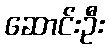
ဆောင်းဦး